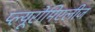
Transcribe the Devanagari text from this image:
प्ल्यूरोमिएलीज